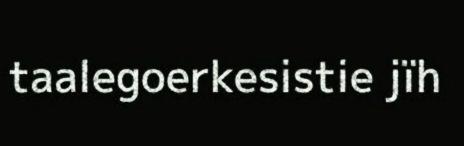
taalegoerkesistie jïh